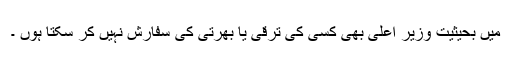
میں بحیثیت وزیر اعلی بھی کسی کی ترقی یا بھرتی کی سفارش نہیں کر سکتا ہوں ۔